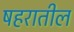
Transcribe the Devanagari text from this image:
षहरातील